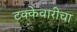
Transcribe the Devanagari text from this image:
टक्केवारीचा